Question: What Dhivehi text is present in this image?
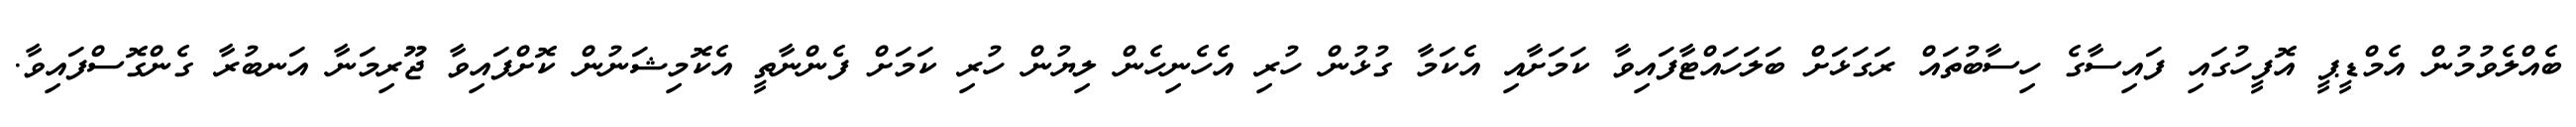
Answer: ބެއްލެވުމުން އެމްޑީޕީ އޮފީހުގައި ފައިސާގެ ހިސާބުތައް ރަގަޅަށް ބަލަހައްޓާފައިވާ ކަމަށާއި އެކަމާ ގުޅުން ހުރި އެހެނިހެން ލިޔުން ހުރި ކަމަށް ފެންނާތީ އެކޮމިޝަނުން ކޮށްފައިވާ ޖޫރިމަނާ އަނބުރާ ގެންގޮސްފައިވާ.